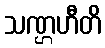
သဏ္ဌဟီတိ